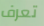
تعرف